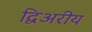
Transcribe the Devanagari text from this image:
द्विअरीय